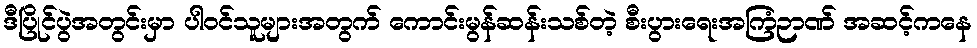
ဒီပြိုင်ပွဲအတွင်းမှာ ပါဝင်သူများအတွက် ကောင်းမွန်ဆန်းသစ်တဲ့ စီးပွားရေးအကြံဉာဏ် အဆင့်ကနေ